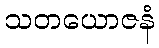
သတယောဇနံ